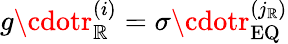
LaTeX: g\cdotr_{\mathbb{R}}^{\left(i\right)}=\sigma\cdotr_{\mathrm{{EQ}}}^{\left(j_{\mathbb{R}}\right)}